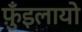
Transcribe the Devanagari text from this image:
फ़ुँइलायो